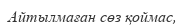
Айтылмаған сөз қоймас,